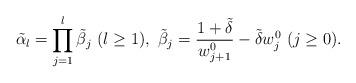
LaTeX: \begin{align*}\tilde{\alpha}_l=\prod_{j=1}^l \tilde{\beta}_j\ (l\ge 1),\ \tilde{\beta}_j=\frac{1+\tilde{\delta}}{w_{j+1}^0}-\tilde{\delta} w_j^{0}\ (j\ge 0).\end{align*}